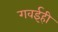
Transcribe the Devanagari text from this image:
गवईही